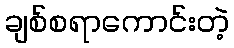
ချစ်စရာကောင်းတဲ့